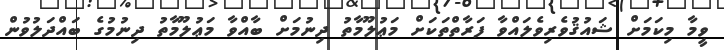
ވީމާ މިކަމަށް ޝައުޤުވެރިވެލައްވާ ފަރާތްތަކަށް މަޢުލޫމާތު ދިނުމަށް ބާއްވާ މަޢުލޫމާތު ދިނުމުގެ ބައްދަލުވުން